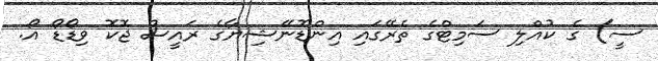
ސީ) ގެ ކުއްލި ސަމިޓްގެ ތެރޭގައި އިންޑޮނޭޝިޔާގެ ރައީސް ޖޮކޮ ވިޑޯޑޯ އޯ.